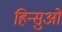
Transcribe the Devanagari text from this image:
हिन्सुओं